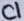
Text: C1